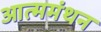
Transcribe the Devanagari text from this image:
आत्ममंथन